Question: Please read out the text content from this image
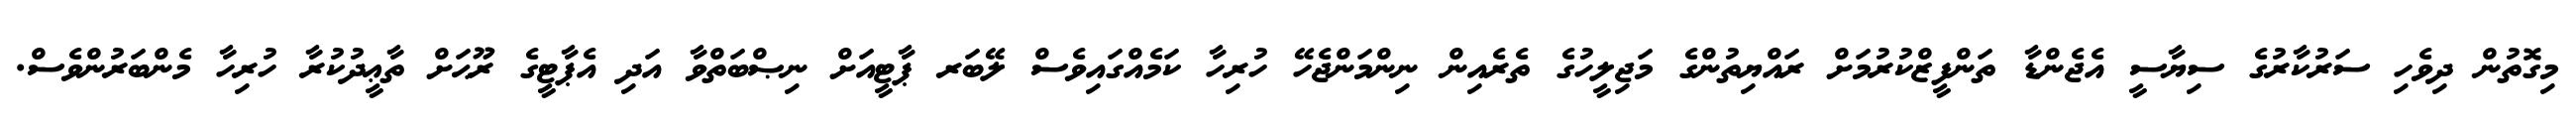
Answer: މިގޮތުން ދިވެހި ސަރުކާރުގެ ސިޔާސީ އެޖެންޑާ ތަންފީޒްކުރުމަށް ރައްޔިތުންގެ މަޖިލީހުގެ ތެރެއިން ނިންމަންޖެހޭ ހުރިހާ ކަމެއްގައިވެސް ލޭބަރ ޕާޓީއަށް ނިޞްބަތްވާ އަދި އެޕާޓީގެ ރޫޙަށް ތާޢީދުކުރާ ހުރިހާ މެންބަރުންވެސް.